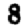
Digit: 8